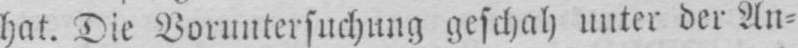
hat. Die Voruntersuchung geschah unter der An⸗